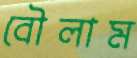
বৌলাম